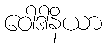
ဝေါဒါနိယာ